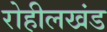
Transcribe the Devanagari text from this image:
रोहीलखंड